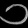
Digit: ၁